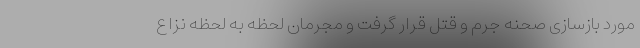
مورد بازسازی صحنه جرم و قتل قرار گرفت و مجرمان لحظه به لحظه نزاع